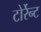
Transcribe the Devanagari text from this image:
टोर्रेन्ट